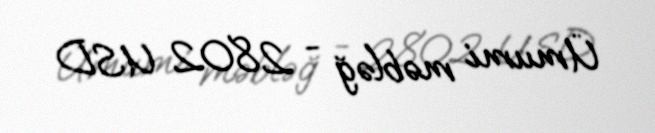
Ümumi məbləğ - 2802 USD